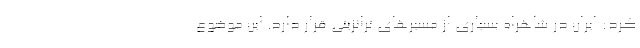
کرد: ایران در شاهراه بسیاری از مسیرهای ترانزیتی قرار دارد. این موضوع